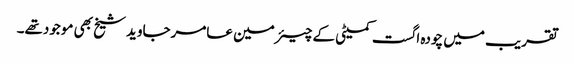
تقریب میں چودہ اگست کمیٹی کے چیئرمین عامرجاوید شیخ بھی موجودتھے۔